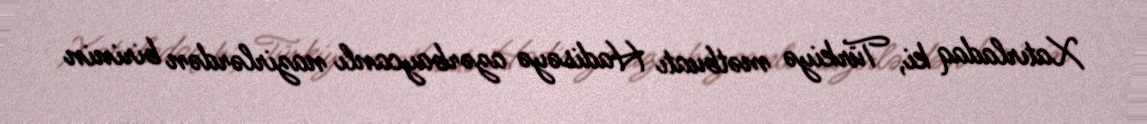
Xatırladaq ki, Türkiyə mətbuatı Hadisəyə azərbaycanlı nazirlərdən birinin